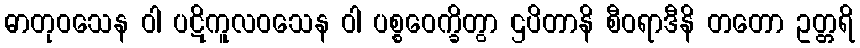
ဓာတုဝသေန ဝါ ပဋိကူလဝသေန ဝါ ပစ္စဝေက္ခိတွာ ဌပိတာနိ စီဝရာဒီနိ တတော ဥတ္တရိ